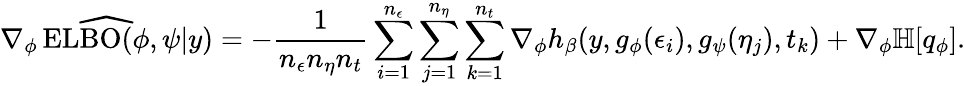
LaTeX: \widehat{\nabla_{\phi}\operatorname{ELBO}(\phi,\psi|y)}=-\frac{1}{n_{\epsilon}n_{\eta}n_{t}}\sum_{i=1}^{n_{\epsilon}}\sum_{j=1}^{n_{\eta}}\sum_{k=1}^{n_{t}}\nabla_{\phi}h_{\beta}(y,g_{\phi}(\epsilon_{i}),g_{\psi}(\eta_{j}),t_{k})+\nabla_{\phi}\mathbb{H}[q_{\phi}].